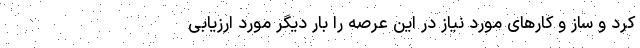
کرد و ساز و کارهای مورد نیاز در این عرصه را بار دیگر مورد ارزیابی